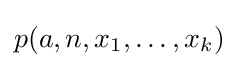
p(a,n,x_{1},\ldots ,x_{k})